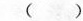
()